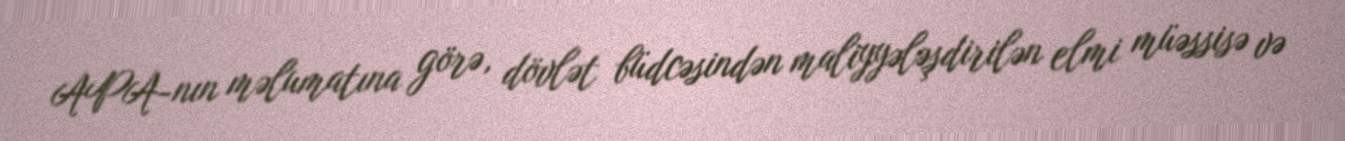
APA-nın məlumatına görə, dövlət büdcəsindən maliyyələşdirilən elmi müəssisə və